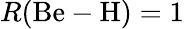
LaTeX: R(\mathrm{Be}-\mathrm{H})=1